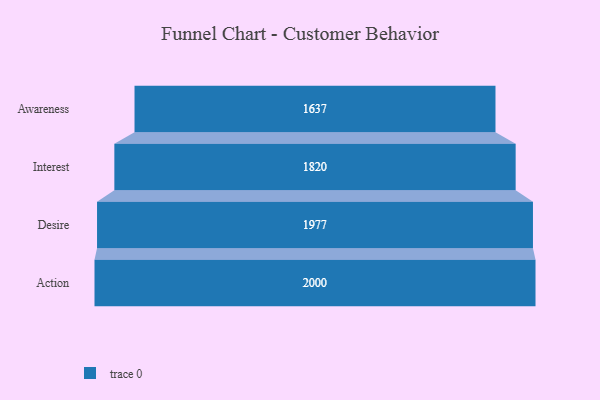
{"axis": {"x": "Stage", "y": "Value"}, "legend": [""], "data": [{"x": "Awareness", "y": 1637.0, "type": ""}, {"x": "Interest", "y": 1820.0, "type": ""}, {"x": "Desire", "y": 1977.0, "type": ""}, {"x": "Action", "y": 2000, "type": ""}]}